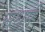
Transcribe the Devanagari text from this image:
सधर्म